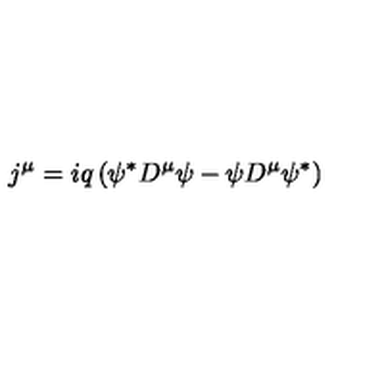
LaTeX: j ^ { \mu } = i q \left( \psi ^ { \ast } D ^ { \mu } \psi - \psi D ^ { \mu } \psi ^ { \ast } \right)